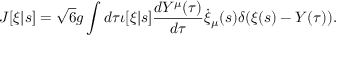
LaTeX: J [ \xi | s ] = \sqrt { 6 } g \int d \tau \iota [ \xi | s ] \frac { d Y ^ { \mu } ( \tau ) } { d \tau } \dot { \xi } _ { \mu } ( s ) \delta ( \xi ( s ) - Y ( \tau ) ) .